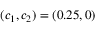
\displaystyle ( c _ { 1 } , c _ { 2 } ) = ( 0 . 2 5 , 0 )